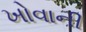
ખોવાની